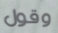
وقول